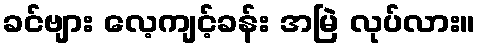
ခင်ဗျား လေ့ကျင့်ခန်း အမြဲ လုပ်လား။